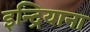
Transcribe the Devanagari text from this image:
इन्द्रियाना